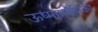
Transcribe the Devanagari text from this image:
ऊष्माप्रवैगिकी